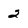
Character: 2